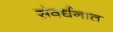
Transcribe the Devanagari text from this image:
संवर्धनात